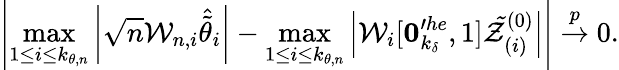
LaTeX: \left\vert\operatorname*{max}_{1\leq i\leq k_{\theta,n}}\left\vert\sqrt{n}\mathcal{W}_{n,i}\widehat{\tilde{\theta}}_{i}\right\vert-\operatorname*{max}_{1\leq i\leq k_{\theta,n}}\left\vert\mathcal{W}_{i}[\boldsymbol{0}_{k_{\delta}}^{\prime he},1]\mathcal{\tilde{Z}}_{(i)}^{(0)}\right\vert\right\vert\overset{p}{\rightarrow}0.